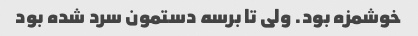
خوشمزه بود. ولی تا برسه دستمون سرد شده بود